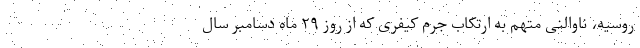
روسیه، ناوالنی متهم به ارتکاب جرم کیفری که از روز ۲۹ ماه دسامبر سال